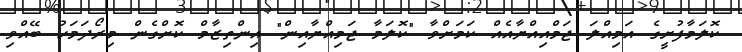
ކޮލަމާފުށީގެ އަމިއްލަ ޖަމްއިއްޔާއެއް ކަމަށްވާ "ކޮލަމާ ޖަމިއްޔާއިން" އިންތިޒާމް ކޮށްގެން މިރޯދަމަހު ބޭއްވި